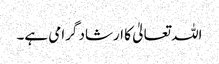
اللہ تعالیٰ کا ارشاد گرامی ہے۔